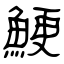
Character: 鯁